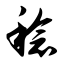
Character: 稔